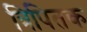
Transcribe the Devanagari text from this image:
त्रिपितक